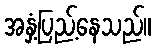
အနှံ့ပြည့်နေသည်။